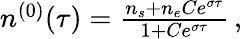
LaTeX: \begin{array}{r}{n^{(0)}(\tau)=\frac{n_{s}+n_{e}Ce^{\sigma\tau}}{1+Ce^{\sigma\tau}}\, ,}\end{array}